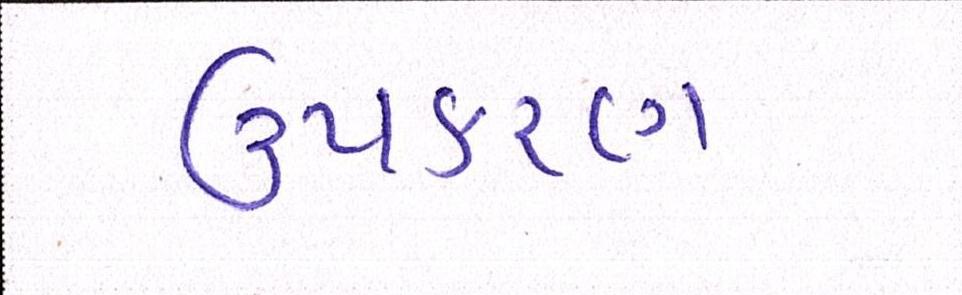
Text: ઉપકરણ